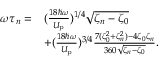
\begin{array} { r l } { \omega \tau _ { n } = } & { ( \frac { 1 8 \hbar \omega } { U _ { \mathrm { p } } } ) ^ { 1 / 4 } { \sqrt { \zeta _ { n } - \zeta _ { 0 } } } } \\ & { + ( \frac { 1 8 \hbar \omega } { U _ { \mathrm { p } } } ) ^ { 3 / 4 } \frac { 7 ( \zeta _ { 0 } ^ { 2 } + \zeta _ { n } ^ { 2 } ) - 4 \zeta _ { 0 } \zeta _ { n } } { 3 6 0 \sqrt { \zeta _ { n } - \zeta _ { 0 } } } . } \end{array}